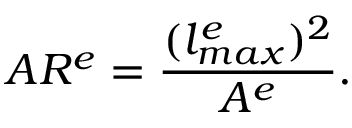
A R ^ { e } = \frac { ( l _ { m a x } ^ { e } ) ^ { 2 } } { A ^ { e } } .